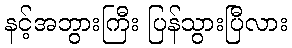
နင့်အဘွားကြီး ပြန်သွားပြီလား